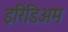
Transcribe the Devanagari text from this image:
इरिडिअम